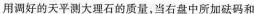
用调好的天平测大理石的质量，当右盘中所加砝码和